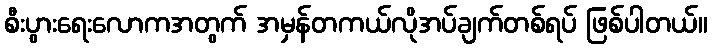
စီးပွားရေးလောကအတွက် အမှန်တကယ်လိုအပ်ချက်တစ်ရပ် ဖြစ်ပါတယ်။